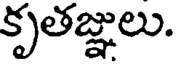
కృతజ్ఞులు.